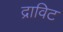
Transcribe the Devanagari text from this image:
द्राविट